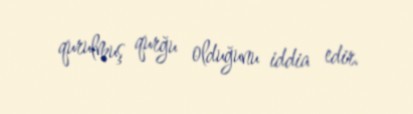
qurulmuş qurğu olduğunu iddia edir.